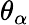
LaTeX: \theta_{\alpha}